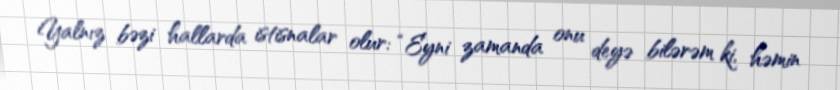
Yalnız bəzi hallarda istisnalar olur: “Eyni zamanda onu deyə bilərəm ki, həmin